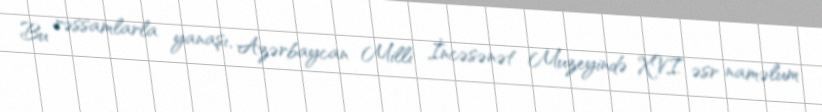
Bu rəssamlarla yanaşı, Azərbaycan Milli İncəsənət Muzeyində XVI əsr naməlum